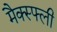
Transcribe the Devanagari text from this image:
मैक्स्फ्ली